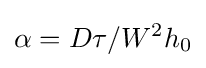
\alpha ={D\tau }/{W^{2}h_{0}}